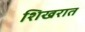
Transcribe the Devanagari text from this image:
शिखरात